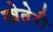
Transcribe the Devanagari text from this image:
खेतेरी